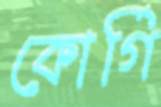
কোর্গি